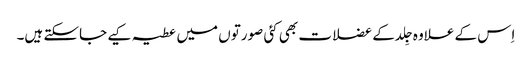
اِس کے علاوہ جِلد کے عضلات بھی کئی صورتوں میں عطیہ کیے جاسکتے ہیں۔